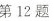
第12题